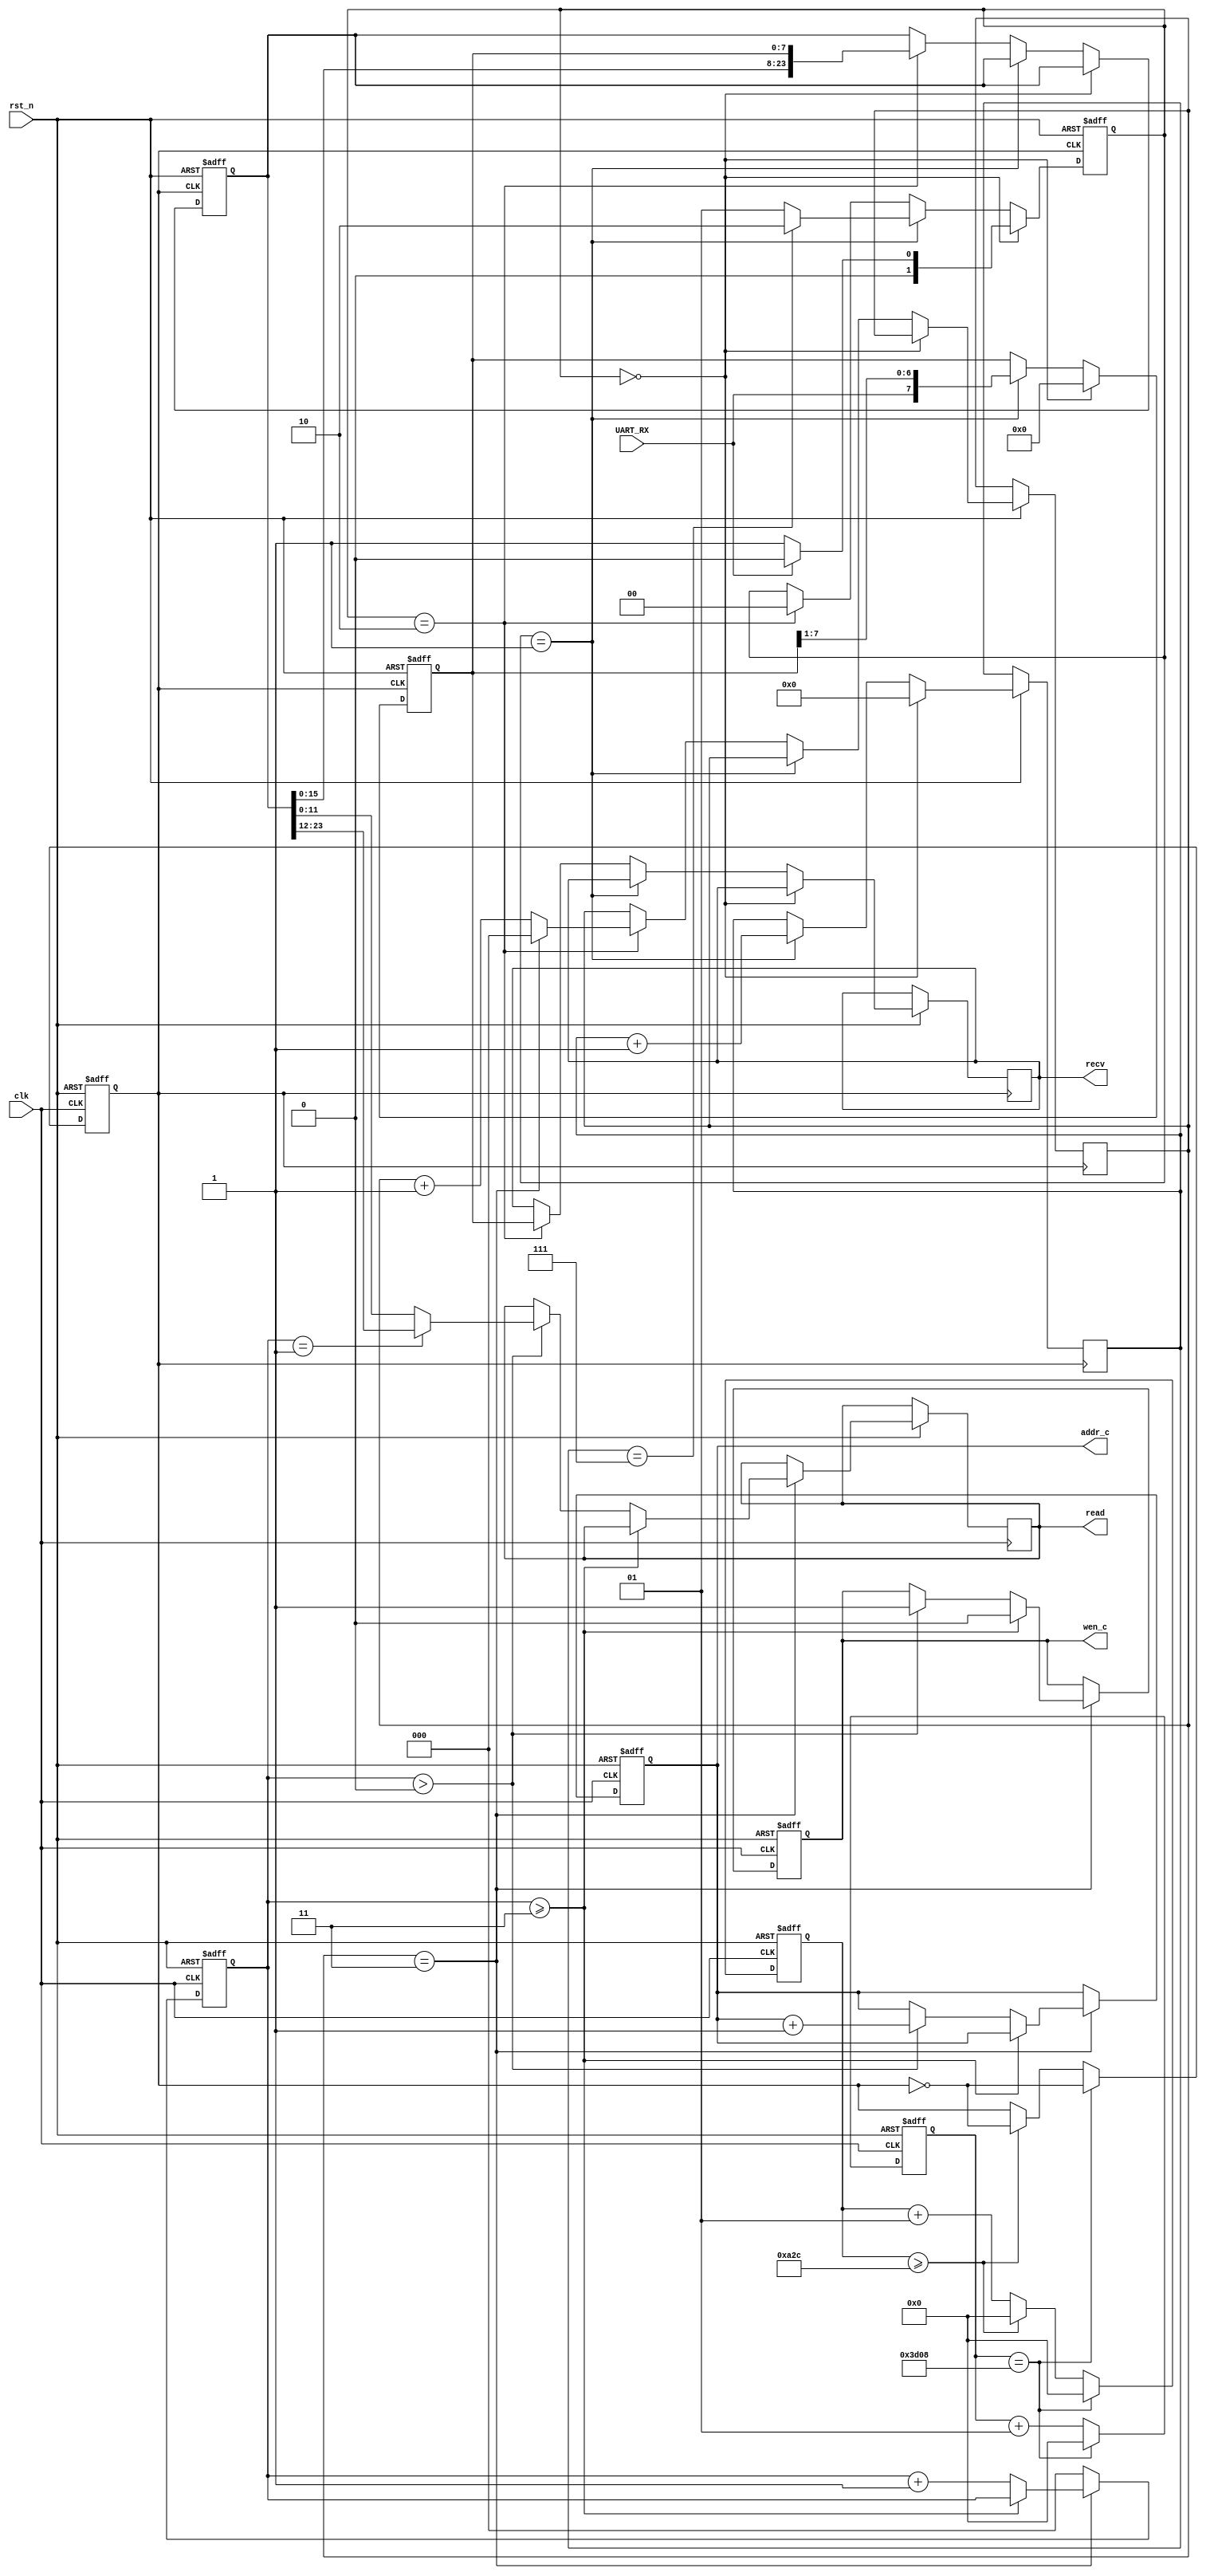
`timescale 1ns / 1ps
//////////////////////////////////////////////////////////////////////////////////
// Company: 
// Engineer: 
// 
// Design Name: 
// Module Name: uart
// Project Name: 
// Target Devices: 
// Tool Versions: 
// Description: 
// 
// Dependencies: 
// 
// Revision:
// Revision 0.01 - File Created
// Additional Comments:
// 
//////////////////////////////////////////////////////////////////////////////////


module uart(
    input clk, 
		input rst_n,
		input	UART_RX,
		output reg [7:0] recv,
		output reg [11:0] read,
		//output integer cnt,
		//output reg [1:0] state,
		//output reg en,
		//output reg [3:0] bit,
		//output reg [2:0] i,
		//output reg [2:0] bgn,
		//output reg [23:0] tmp,
		output reg wen_c,
		output reg [15:0] addr_c
    );
		localparam bps = 50000000 / 9600 /2;
		localparam syncfre = 6 * bps;
		localparam IDLE = 2'b00;
		localparam RECV = 2'b01;
		localparam END = 2'b10;
		reg [7:0] data;
		reg [1:0] state;
		reg [23:0] tmp;
		integer cnt;
		reg [3:0] bit;
		reg en;
		reg [2:0] bgn;
		reg [2:0] i;
		integer sync;
		//assign wen_c = 0;
		always@(posedge clk or negedge rst_n)
		begin
			if(~rst_n)
			begin
				en <= 0;
				cnt <= 0;
				sync <= 0;
			end
			else if(sync == syncfre)
			begin
				en <= ~en;
				sync <= 0;
				cnt <= 0;
			end
			else if(cnt >= bps)
			begin
				en <= ~en;
				cnt <= 0;
				sync <= sync + 1;
			end
			else
			begin
				cnt <= cnt + 1;
				sync <= sync + 1;
			end
		end
		always@(posedge en or negedge rst_n)
		begin
			if(~rst_n)
			begin
				state <= IDLE;
				data <= 0;
				tmp <= 0;
			end
			else if(state == IDLE)
			begin
				//state <= state + ~UART_RX;
				state <= UART_RX ? IDLE:RECV;
				bit <= 0;
				data <= 0;
			end
			else if(state == RECV)
			begin
				//state <= state + (bit==7)? 1:0;
				state <= (bit == 7) ? END:RECV;
				data <= {UART_RX, data[7:1]};
				bit <= bit + 1;
			end
			else if(state == END)
			begin
				//wen <= 1;
				recv <= data;
				state <= IDLE;
				i <= (i==3) ? 0:i + 1;
				tmp <= {tmp[15:0], data};
			end
		end
		always@(posedge clk or negedge rst_n)
		begin
			if(~rst_n)
			begin
				wen_c <= 0;
				addr_c <= 0;
				bgn <= 0;
			end
			else if(i == 3)
			begin
				if(bgn >= 3)
					wen_c <= 0;
				else if(bgn > 0)
				begin
					read <= (bgn==1) ? tmp[23:12]:tmp[11:0];
					wen_c <= 1;
					addr_c <= addr_c + 1;
					bgn <= bgn + 1;
				end
				else
					bgn <= bgn + 1;
			end
			else
			bgn <= 0;
		end
endmodule